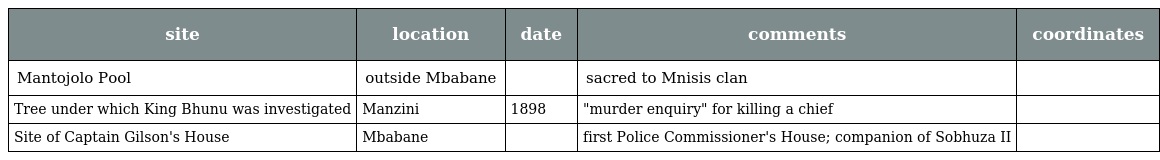
| site | location | date | comments | coordinates |
 | --- | --- | --- | --- | --- |
 | Mantojolo Pool | outside Mbabane |  | sacred to Mnisis clan |  |
 | Tree under which King Bhunu was investigated | Manzini | 1898 | "murder enquiry" for killing a chief |  |
 | Site of Captain Gilson's House | Mbabane |  | first Police Commissioner's House; companion of Sobhuza II |  |